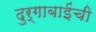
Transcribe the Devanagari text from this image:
दुर्गाबाईंची